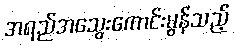
အရည်အသွေးကောင်းမွန်သည့်